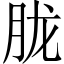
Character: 胧